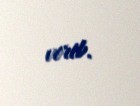
verib.